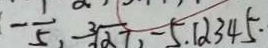
- \frac { 1 } { 5 } , - \sqrt [ 3 ] { \alpha 7 } , - 5 . 1 \alpha 3 4 5 \cdot